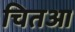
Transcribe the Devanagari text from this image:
चितआ